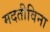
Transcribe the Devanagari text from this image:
मदतीविना